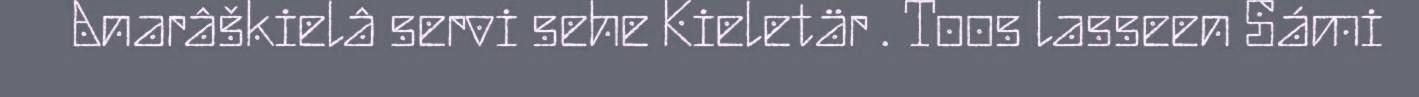
Anarâškielâ servi sehe Kieletär . Toos lasseen Sámi